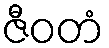
ဇီဝတံ